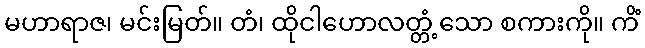
မဟာရာဇ၊ မင်းမြတ်။ တံ၊ ထိုငါဟောလတ္တံ့သော စကားကို။ ကိံ